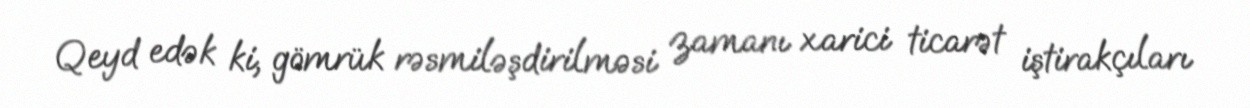
Qeyd edək ki, gömrük rəsmiləşdirilməsi zamanı xarici ticarət iştirakçıları